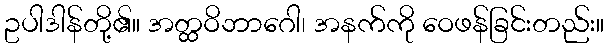
ဥပါဒါန်တို့၏။ အတ္ထဝိဘာဂေါ၊ အနက်ကို ဝေဖန်ခြင်းတည်း။